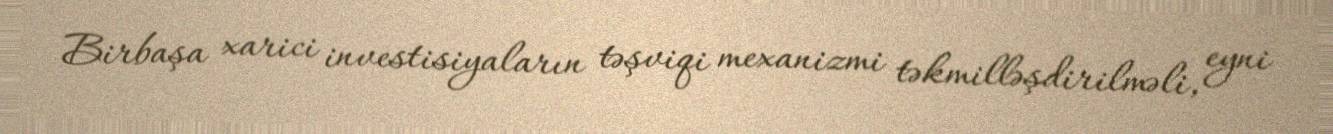
Birbaşa xarici investisiyaların təşviqi mexanizmi təkmilləşdirilməli, eyni